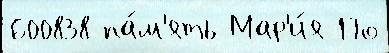
600838 па́м'ять Мар'и́я По